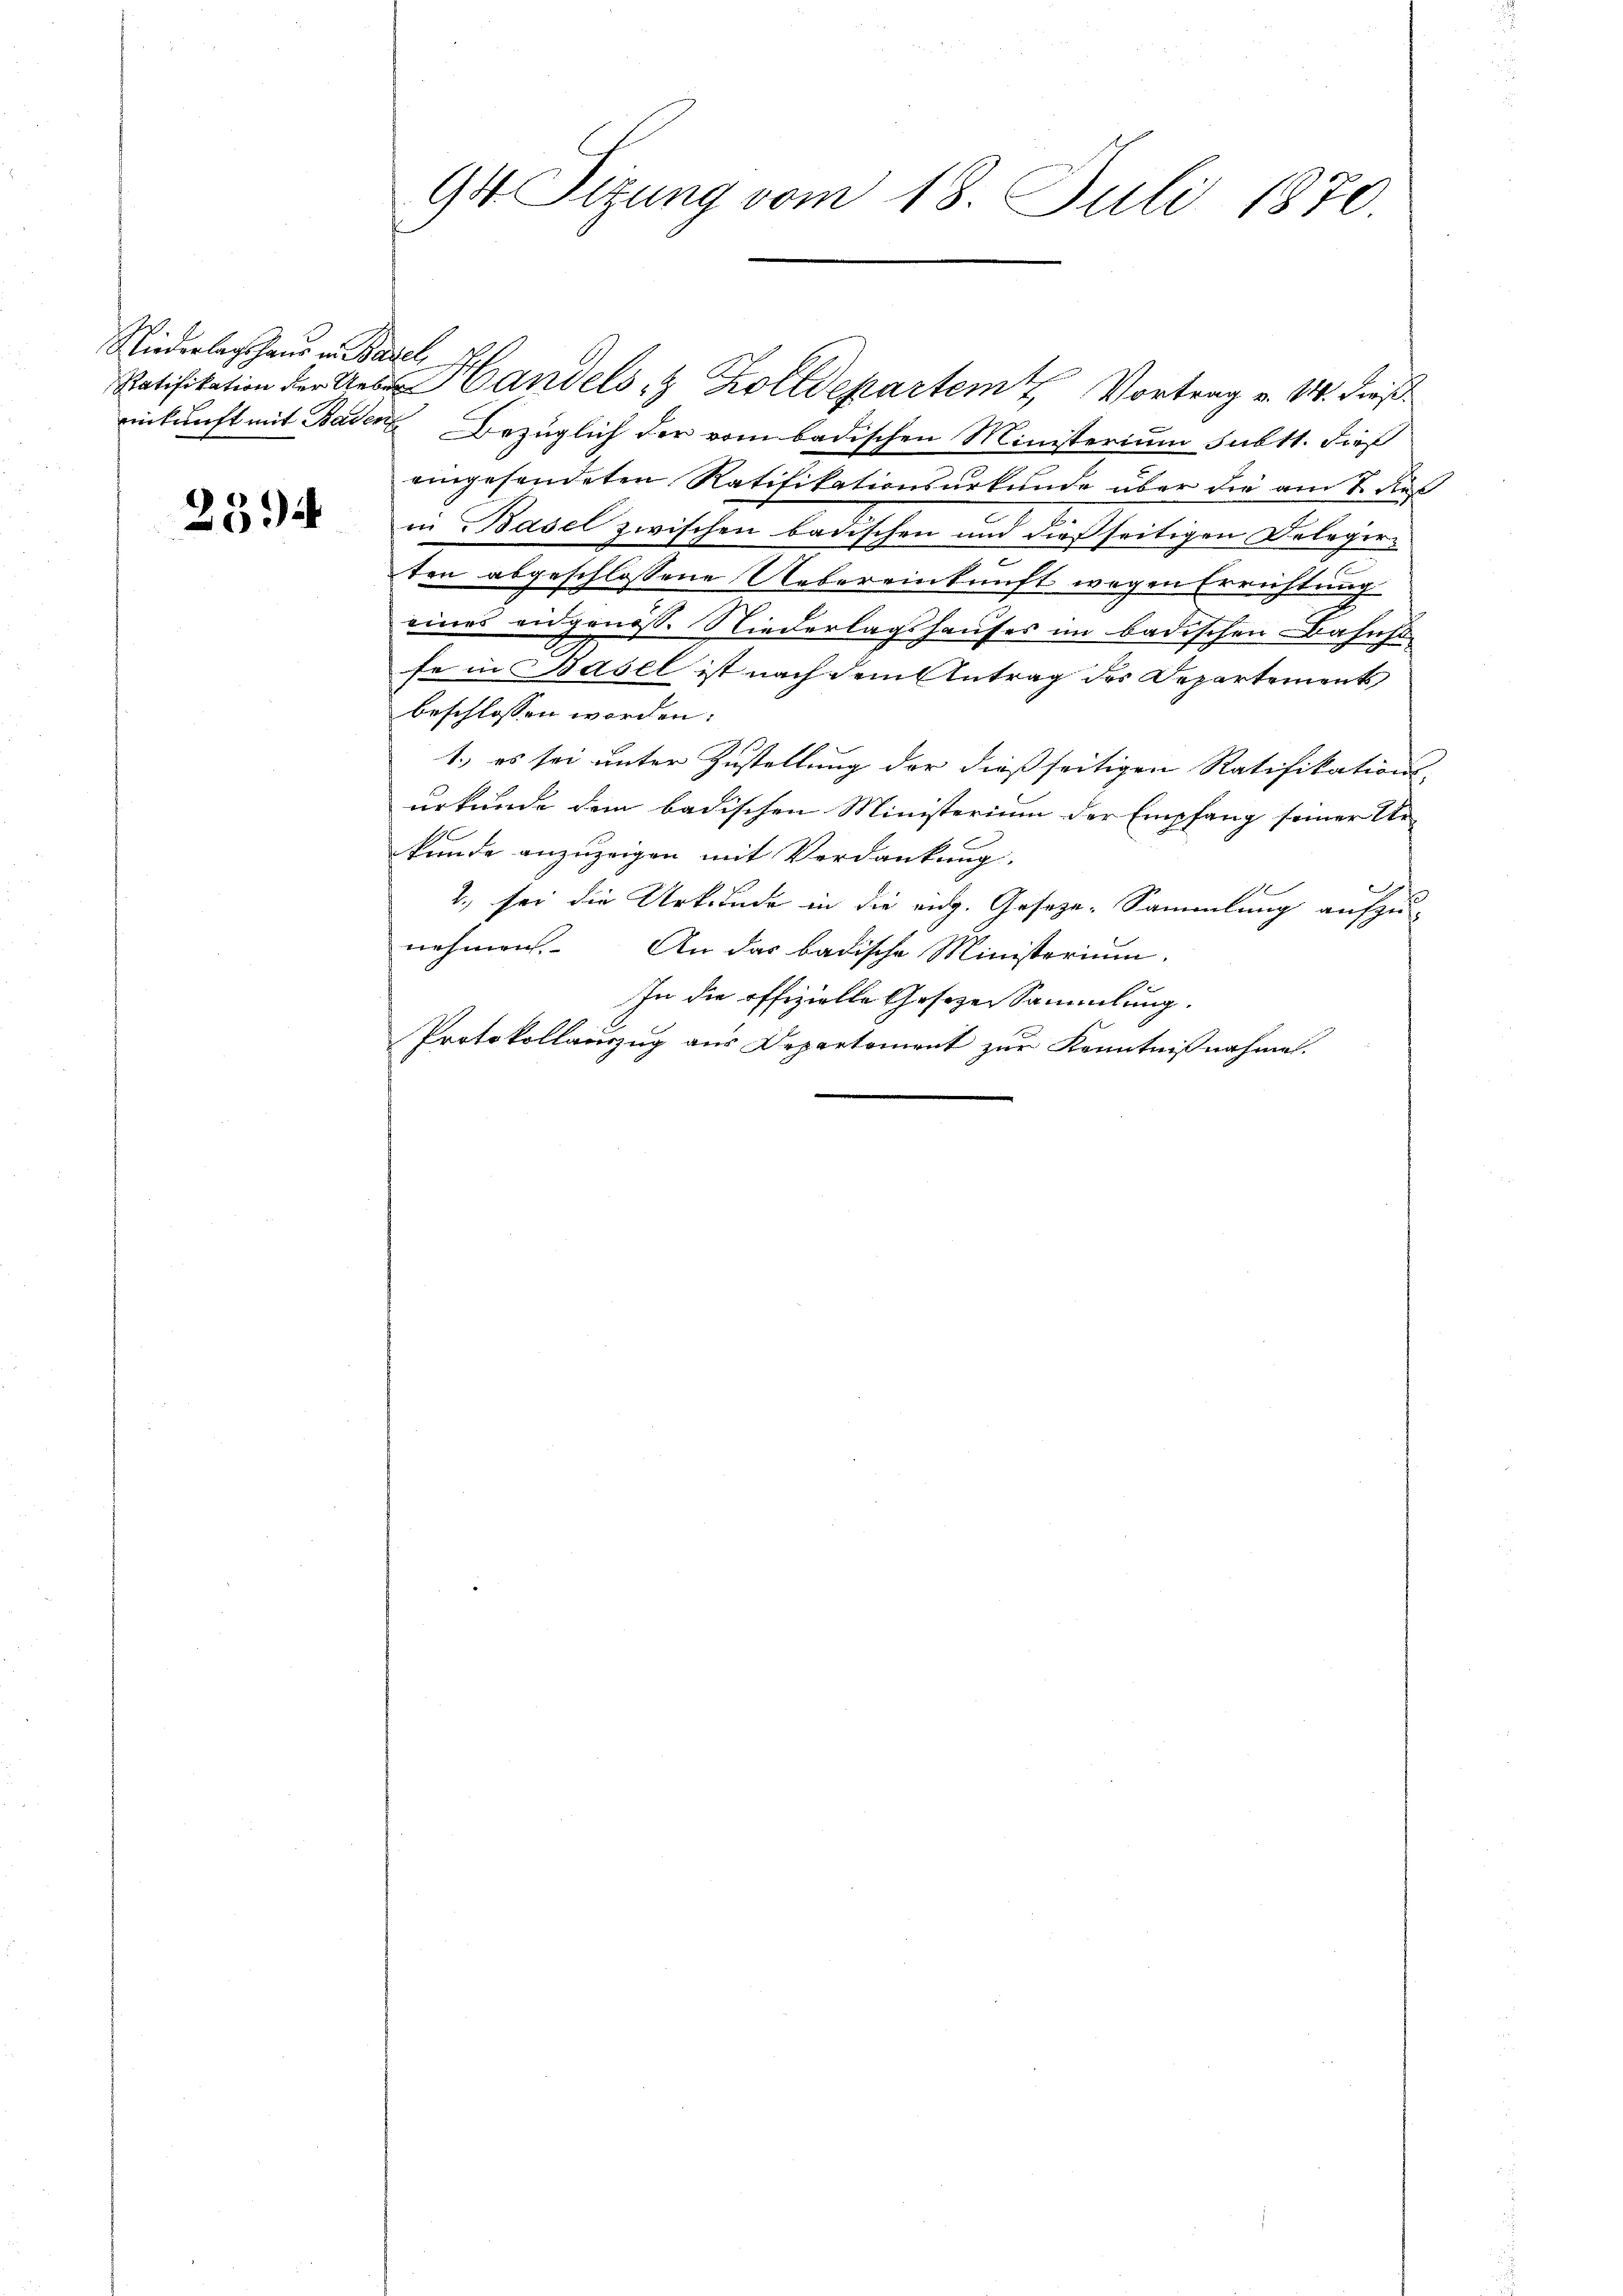
Niederlagshaus in Basel,

2594

94. Sitzung vom 18. Juli 1870.

einkunft mit Baden Bezüglich der vom badischen Ministerium subtt. dieß
eingesendeten Ratifikationsurkunde über die am 7. dies
in Basel zwischen badischen und dießseitigen Delegerten abgeschlossene Uebereinkunft wegen Errichtung
eines eidgenöss. Niederlagshauses im badischen Bahnst
fe in Basel ist nach dem Antrag des Departements
beschlossen worden.
1.) es sei unter Zustellung der dießseitigen Ratifikations-
urkunde dem badischen Ministerium der Empfang seiner Ur
kunde anzuzeigen mit Verdankung.
2., sei die Urkunde in die eidg. Geseze-Sammlung aufzu-
nehmen. An das badische Ministerium,
.
In die offizielle Gesezessammlung.
Protokollauszug aus Departement zur Kenntnißnahme.

Ratifikation der Aes Handels- & Zolldepartem Vortrag v. 14. dieß¬